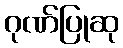
ဂုဏ်ပြုဆု